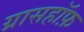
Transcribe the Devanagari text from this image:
ग्रासहॉफ़